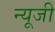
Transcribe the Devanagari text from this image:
न्यूजी